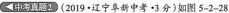
中考真题2 (2019 · 辽宁阜新中考·3分)如图5-2-28